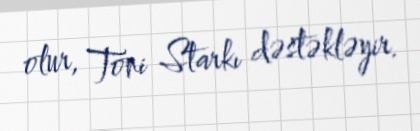
olur, Toni Starkı dəstəkləyir.